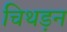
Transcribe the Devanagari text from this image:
चिथड़न